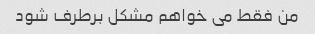
من فقط می خواهم مشکل برطرف شود